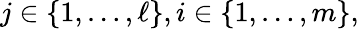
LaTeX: j\in\{ 1,\ldots,\ell\} ,i\in\{ 1,\ldots,m\} ,